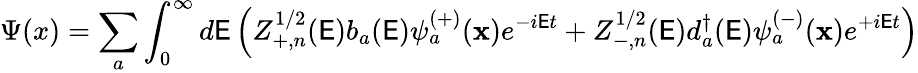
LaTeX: \Psi(x)=\sum_{a}\int_{0}^{\infty}d\mathsf{E}\left(Z_{+,n}^{1/2}(\mathsf{E})b_{a}(\mathsf{E})\psi_{a}^{(+)}({\mathbf{x}})e^{-i\mathsf{E}t}+Z_{-,n}^{1/2}(\mathsf{E})d_{a}^{\dagger}(\mathsf{E})\psi_{a}^{(-)}({\mathbf{x}})e^{+i\mathsf{E}t}\right)